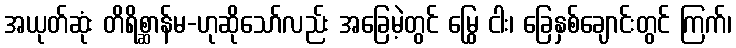
အယုတ်ဆုံး တိရိစ္ဆာန်မ-ဟုဆိုသော်လည်း အခြေမဲ့တွင် မြွေ ငါး၊ ခြေနှစ်ချောင်းတွင် ကြက်၊